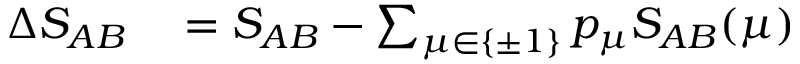
\begin{array} { r l } { \Delta S _ { A B } } & { { } = S _ { A B } - \sum _ { \mu \in \{ \pm 1 \} } p _ { \mu } S _ { A B } ( \mu ) } \end{array}